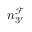
n _ { 3 ^ { \prime } } ^ { \mathcal F }